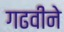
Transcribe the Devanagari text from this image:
गढवीने